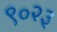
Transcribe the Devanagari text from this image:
९०२३